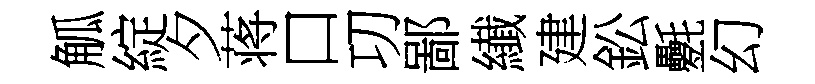
觚綻夕蒋口㓛鄙纎建鈆氎幻